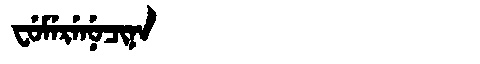
Manchu: ᠸᡠᠮᡝᡵᡝᠨᡠᠴᡳᠨᠠ
Romanization: FUMERENUCINA